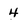
Character: 4